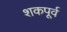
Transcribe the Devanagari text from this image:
शकपूर्व